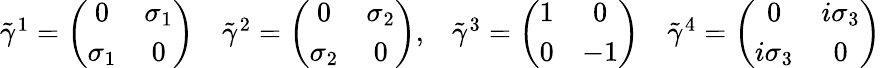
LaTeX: \begin{array}{cc}{{\tilde{\gamma}^{1}=\left(\begin{array}{cc}{{0}}&{{\sigma_{1}}}\\ {{\sigma_{1}}}&{{0}}\end{array}\right)}}&{{\tilde{\gamma}^{2}=\left(\begin{array}{cc}{{0}}&{{\sigma_{2}}}\\ {{\sigma_{2}}}&{{0}}\end{array}\right),\quad\begin{array}{cc}{{\tilde{\gamma}^{3}=\left(\begin{array}{cc}{{1}}&{{0}}\\ {{0}}&{{-1}}\end{array}\right)}}&{{\tilde{\gamma}^{4}=\left(\begin{array}{cc}{{0}}&{{i\sigma_{3}}}\\ {{i\sigma_{3}}}&{{0}}\end{array}\right)}}\end{array}}}\end{array}